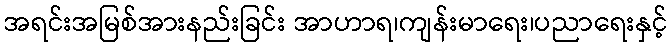
အရင်းအမြစ်အားနည်းခြင်း အာဟာရ၊ကျန်းမာရေး၊ပညာရေးနှင့်